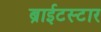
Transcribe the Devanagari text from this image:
ब्राईटस्टार